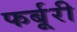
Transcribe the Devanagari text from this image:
फर्बूरी